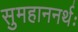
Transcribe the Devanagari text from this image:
सुमहाननर्थः